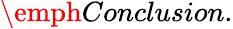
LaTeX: \emph{Conclusion.}